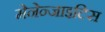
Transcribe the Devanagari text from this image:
मेनेन्जाइटिस